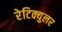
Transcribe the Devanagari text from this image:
रेटिक्युलर